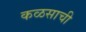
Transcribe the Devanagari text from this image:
कळसाची